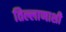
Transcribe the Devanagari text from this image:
तिल्लाणाशी